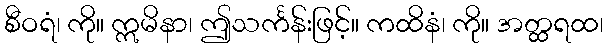
စီဝရံ၊ ကို။ ဣမိနာ၊ ဤသင်္ကန်းဖြင့်။ ကထိနံ၊ ကို။ အတ္ထရထ၊